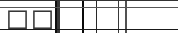
٢٩